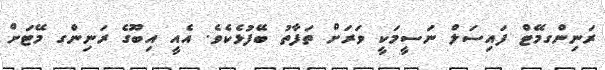
ރަނިންގމޭޓް ފައިސަލް ނަސީމަކީ ވަރަށް ތަފާތު ބޭފުޅެކެވެ. އެއީ އިބޫގެ ރަނިންގ މޭޓަށް